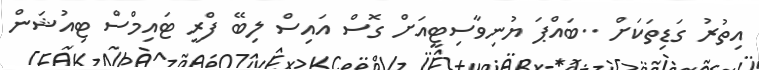
އިތުރު ގަޑިތަކަށް ..ބައްޕަ ޔުނިވާސިޓީއަށް ގޮސް އައިސް ލިބޭ ފްރީ ޓައިމްސް ޓިއުޝަން